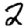
Digit: 2